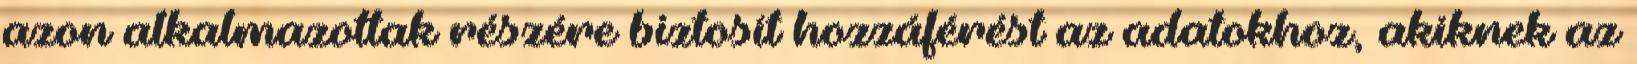
azon alkalmazottak részére biztosít hozzáférést az adatokhoz, akiknek az